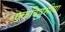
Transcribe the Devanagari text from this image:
एकदिवसीया